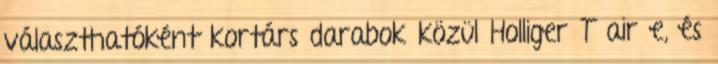
választhatóként kortárs darabok közül Holliger T air e, és